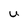
Character: U